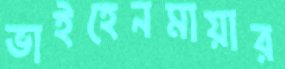
ভাইহেনমায়ার